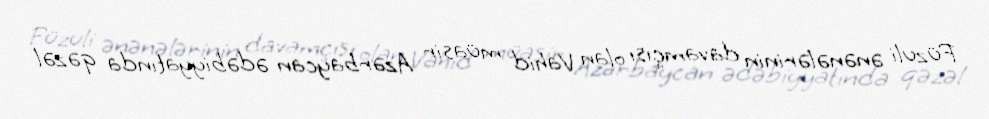
Füzuli ənənələrinin davamçısı olan Vahid müasir Azərbaycan ədəbiyyatında qəzəl